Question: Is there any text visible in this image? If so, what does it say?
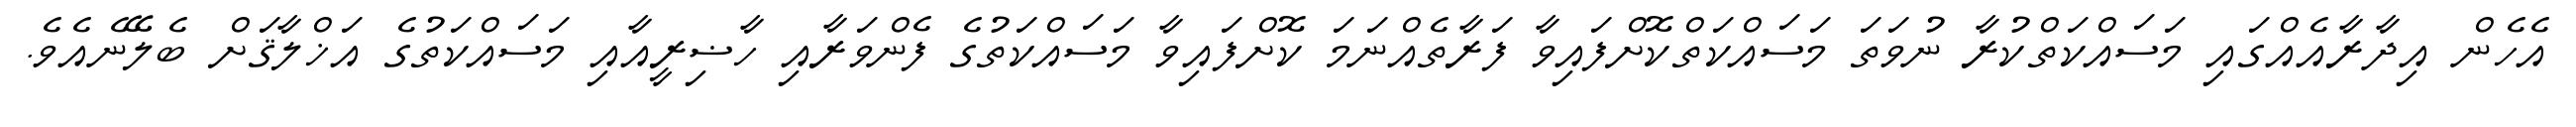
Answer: އެހެން އިދާރާއެއްގައި މަސައްކަތްކުރާ ނުވަތަ މަސައްކަތްކޮށްފައިވާ ފަރާތެއްނަމަ ކޮށްފައިވާ މަސައްކަތުގެ ފެންވަރާއި ހާޟިރީއާއި މަސައްކަތުގެ އަޚްލާޤަށް ބެލޭނެއެވެ.